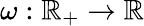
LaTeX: \omega:\mathbb{R}_{+}\to\mathbb{R}